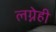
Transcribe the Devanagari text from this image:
लग्नेही